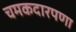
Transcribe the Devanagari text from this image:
चमकदारपणा